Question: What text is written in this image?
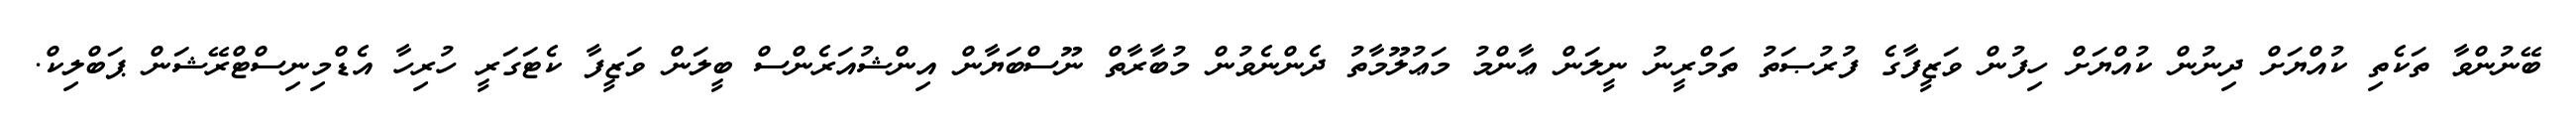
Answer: ބޭނުންވާ ތަކެތި ކުއްޔަށް ދިނުން ކުއްޔަށް ހިފުން ވަޒީފާގެ ފުރުޞަތު ތަމްރީނު ނީލަން ޢާންމު މަޢުލޫމާތު ދެންނެވުން މުބާރާތް ނޫސްބަޔާން އިންޝުއަރެންސް ބީލަން ވަޒީފާ ކެޓަގަރީ ހުރިހާ އެޑްމިނިސްޓްރޭޝަން ޕަބްލިކް.